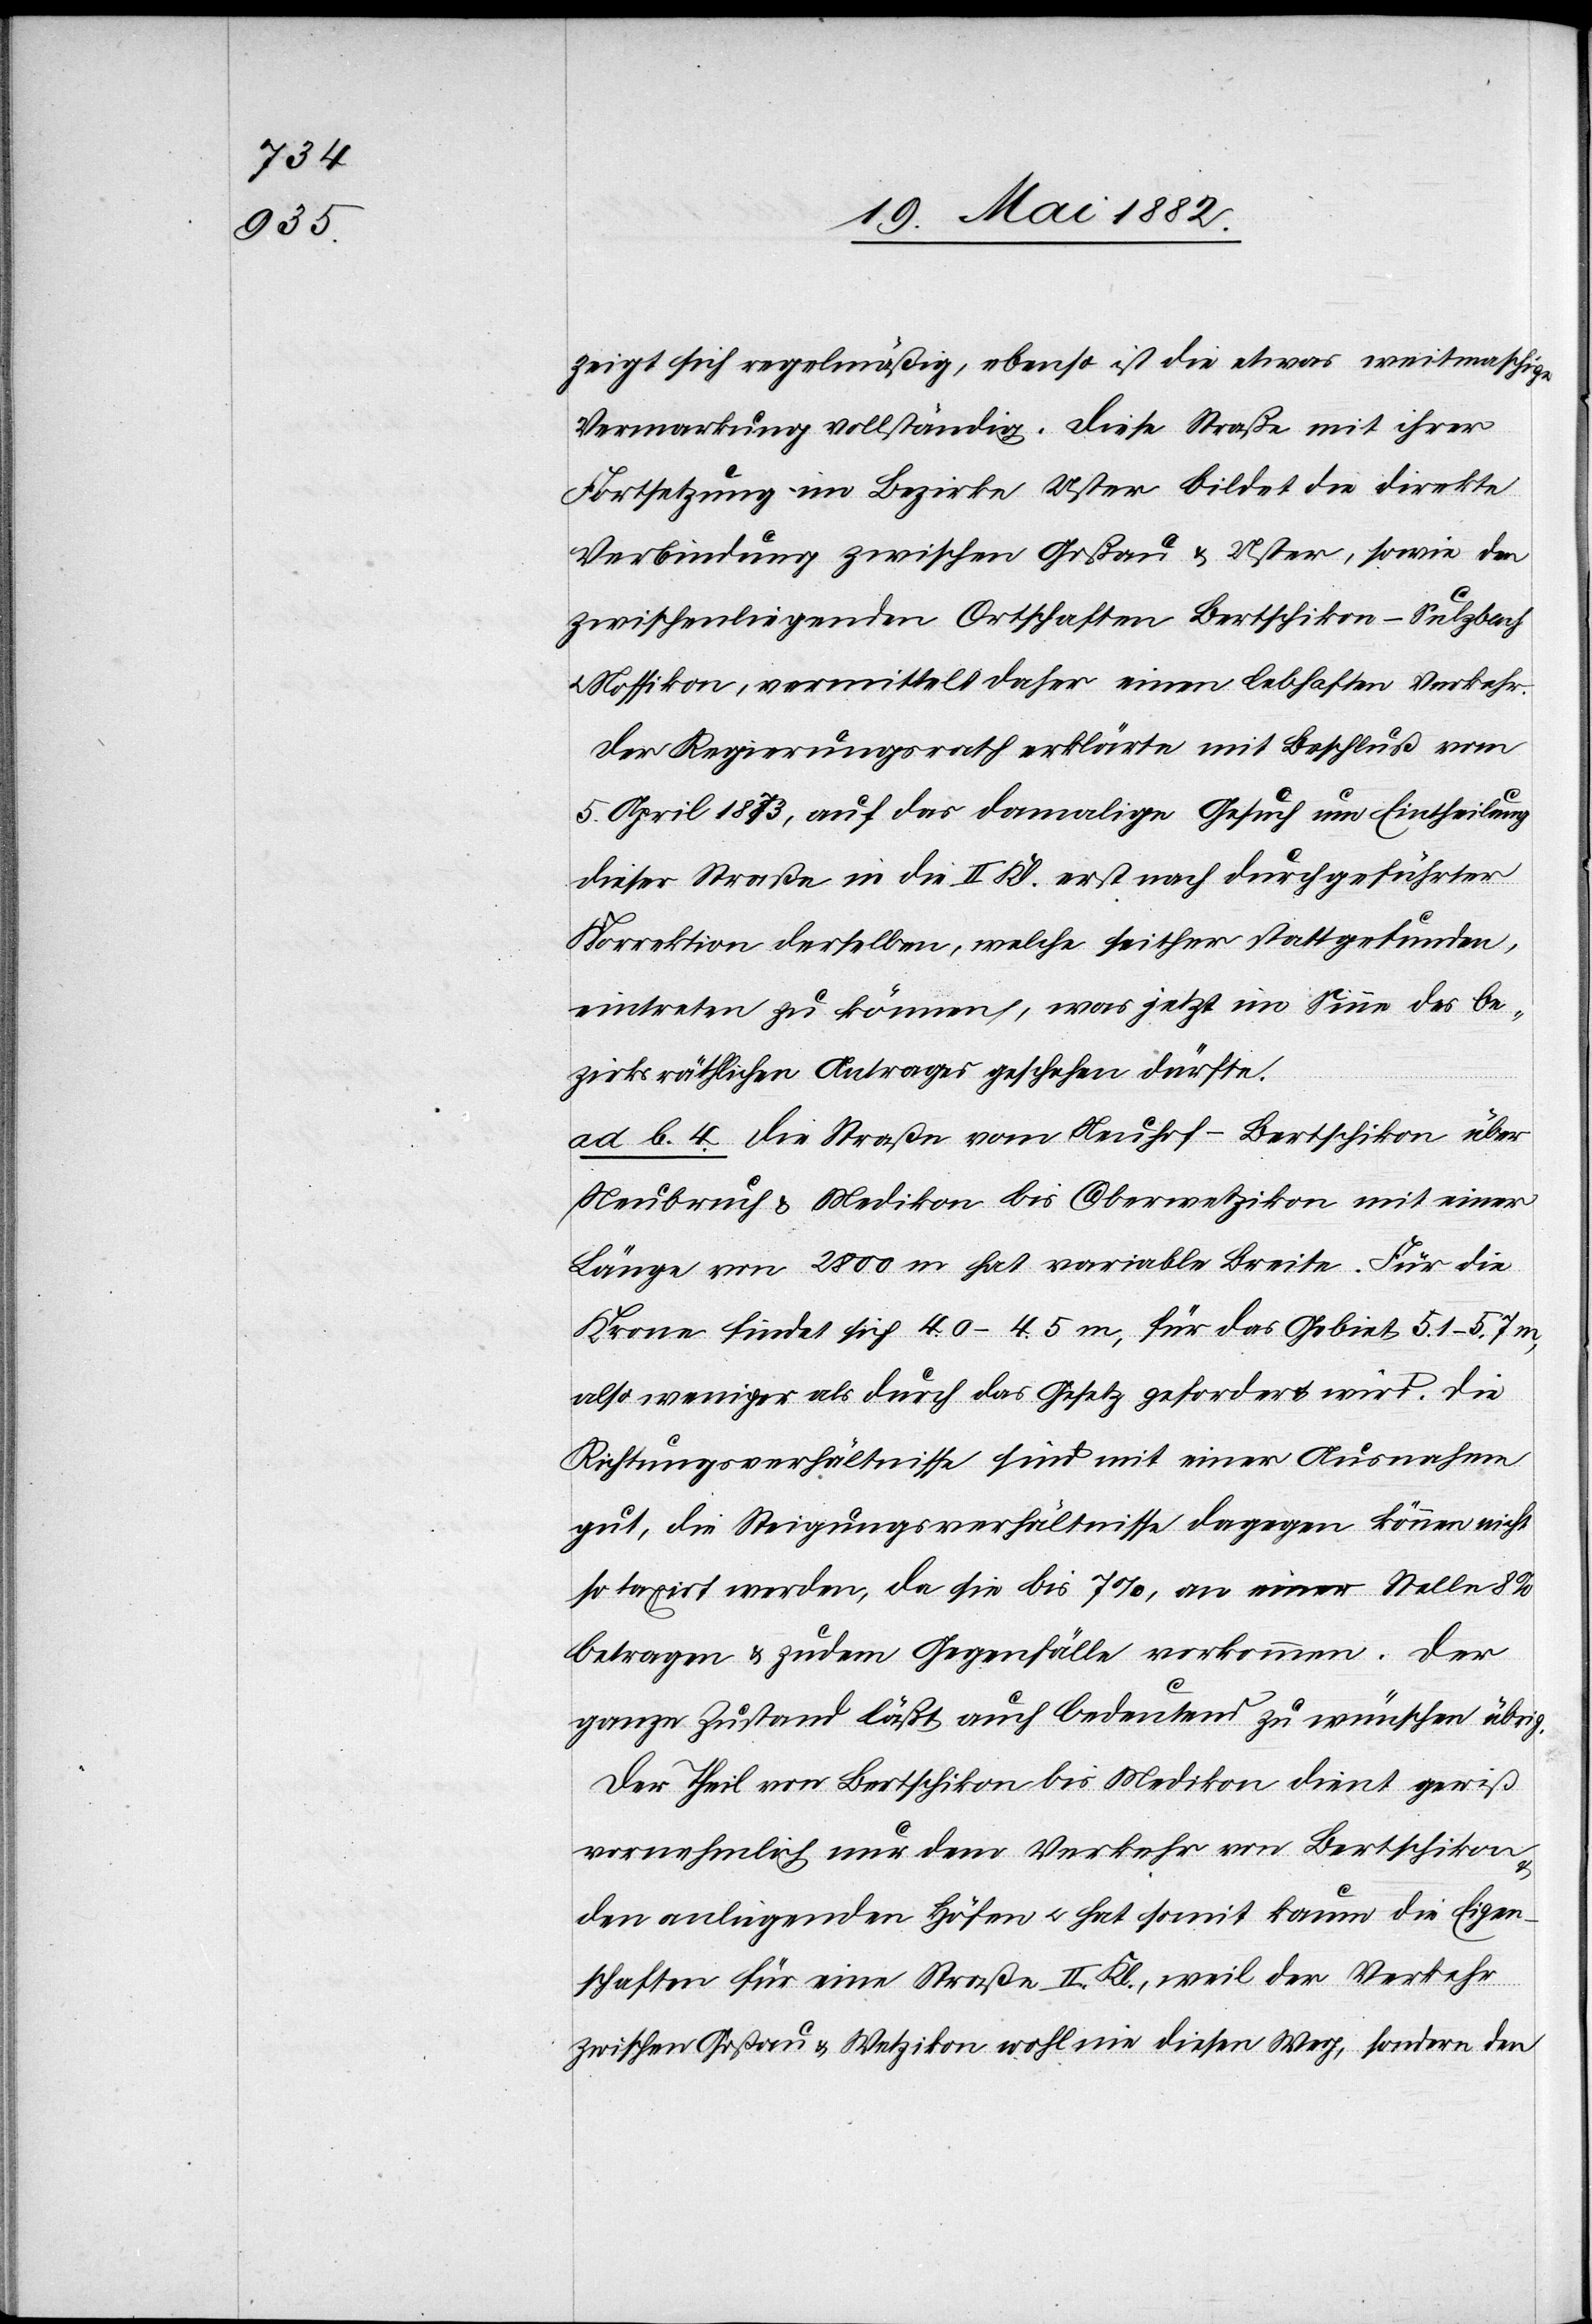
zeigt sich regelmäßig, ebenso ist die etwas weitmaschige
Vermarkung vollständig. Diese Straße mit ihrer
zwischenliegenden Ortschaften Bertschikon–Sulzbach
Nossikon, vermittelt daher einen lebhaften Verkehr.
Der Regierungsrath erklärte mit Beschluß vom
5. April 1873, auf das damalige Gesuch um Eintheilung
dieser Straße in die II. Kl. erst nach durchgeführter
Korrektion derselben, welche seither stattgefunden,
eintreten zu können, was jetzt im Sinne des be¬
zirksräthlichen Antrages geschehen dürfte.
ad b. 4. Die Straße von Neuhof–Bertschikon über
Neubruch & Medikon bis Oberwetzikon mit einer
Länge von 2800 m hat variable Breite. Für die
Krone findet sich 4.0–4.5 m, für das Gebiet 5.1–5.7 m,
also weniger als durch das Gesetz gefordert wird. Die
Richtungsverhältnisse sind mit einer Ausnahme
gut, die Steigungsverhältnisse dagegen können nicht
so taxirt werden, da sie bis 7%, an einer Stelle 8%
betragen & zudem Gegenfälle vorkommen. Der
ganze Zustand läßt auch bedeutend zu wünschen übrig.
Der Theil von Bertschikon bis Medikon dient gewiß
vornehmlich nur dem Verkehr von Bertschikon
den anliegenden Höfen u. hat somit kaum die Eigen¬
schaften für eine Straße II. Kl., weil der Verkehr
zwischen Goßau & Wetzikon wohl nie diesen Weg, sondern den